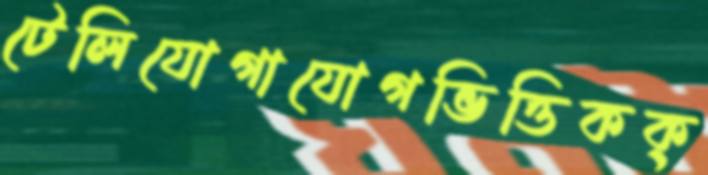
টেলিযোগাযোগভিত্তিকক্